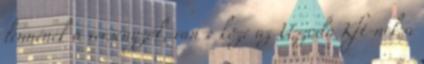
lennének a versenyzők, van-e köze az Uszoda Kft-nek a